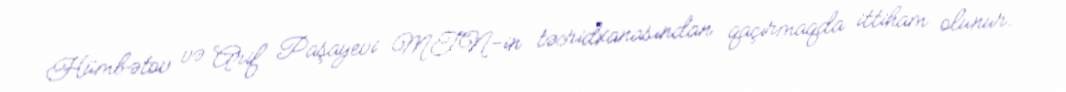
Hümbətov və Arif Paşayevi MTN-in təcridxanasından qaçırmaqda ittiham olunur.